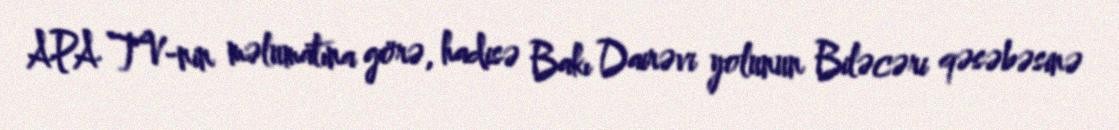
APA TV-nin məlumatına görə, hadisə Bakı Dairəvi yolunun Biləcəri qəsəbəsinə